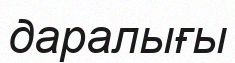
даралығы